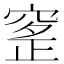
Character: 𥦰